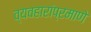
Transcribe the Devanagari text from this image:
व्यवहारांप्रमाणे